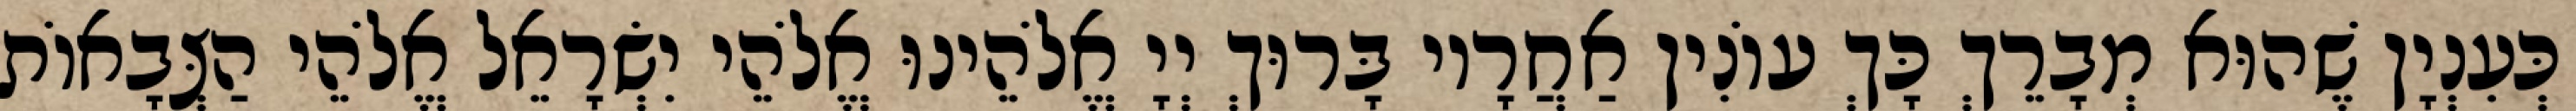
כְּעִנְיָן שֶׁהוּא מְבָרֵךְ כָּךְ עוֹנִין אַחֲרָיו בָּרוּךְ יְיָ אֱלֹהֵינוּ אֱלֹהֵי יִשְׂרָאֵל אֱלֹהֵי הַצְּבָאוֹת